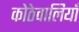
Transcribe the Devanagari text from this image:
कोठेवालियाँ